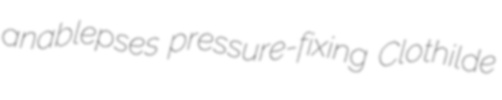
anablepses pressure-fixing Clothilde